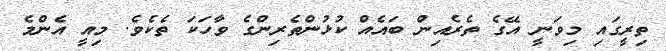
ތިރީގައި މިވަނީ އޭގެ ތެރެއިން ބައެއް ކުޅުންތެރިންގެ ވާހަކަ ތެކެވެ. މިއީ އެންމެ